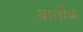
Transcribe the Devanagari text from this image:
वार्लोक